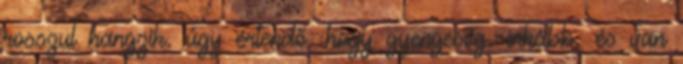
rosszul hangzik. úgy értendő, hogy gyengeség. inkább. és van